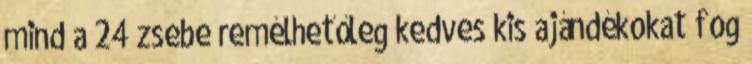
mind a 24 zsebe remélhetőleg kedves kis ajándékokat fog